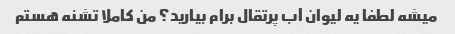
میشه لطفا یه لیوان آب پرتقال برام بیارید؟ من کاملا تشنه هستم